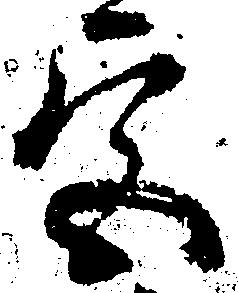
宮